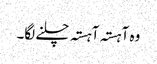
وہ آہستہ آہستہ چلنے لگا۔